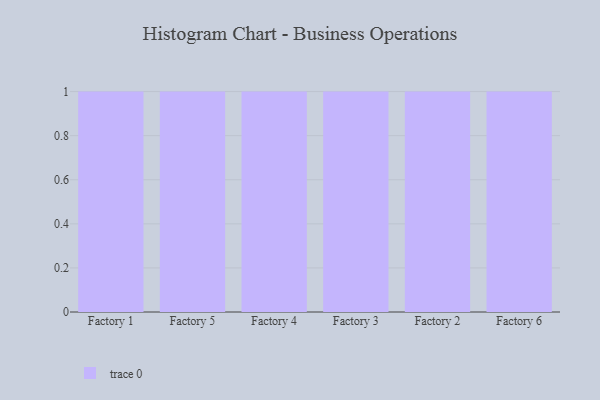
{"axis": {"x": "Factory", "y": "Latency (ms)"}, "legend": [""], "data": [{"x": "Factory 1", "y": 30, "type": ""}, {"x": "Factory 5", "y": 65, "type": ""}, {"x": "Factory 4", "y": 34, "type": ""}, {"x": "Factory 3", "y": 26, "type": ""}, {"x": "Factory 2", "y": 68, "type": ""}, {"x": "Factory 6", "y": 38, "type": ""}]}